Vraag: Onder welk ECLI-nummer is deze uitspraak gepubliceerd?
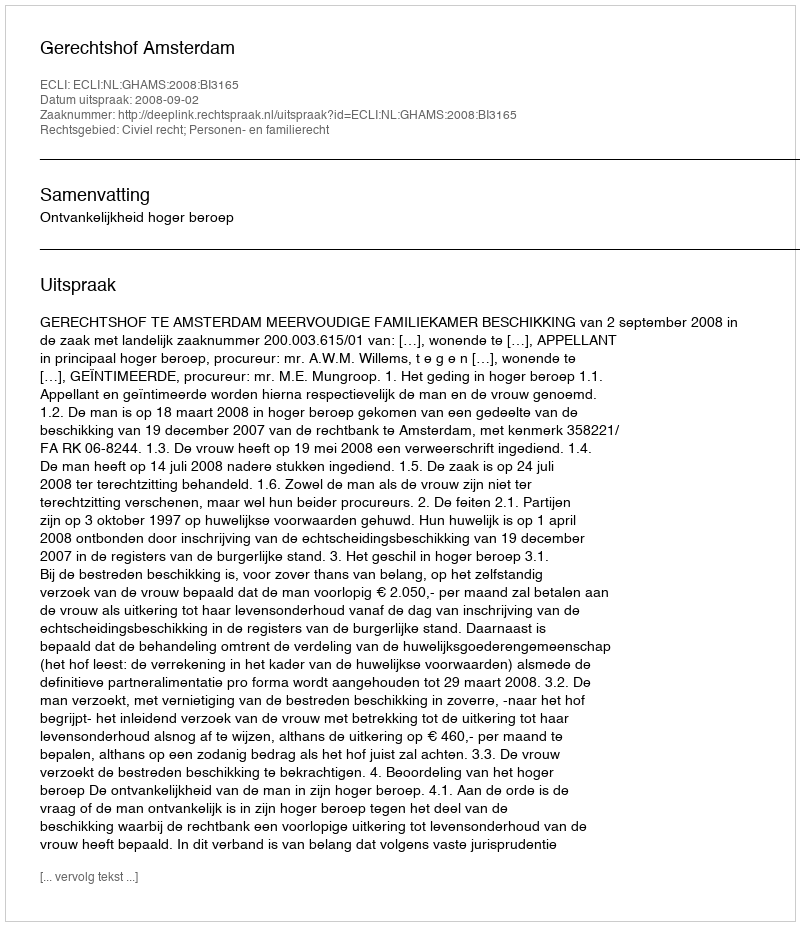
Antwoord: ECLI:NL:GHAMS:2008:BI3165